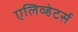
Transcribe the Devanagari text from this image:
एलिव्हेटर्स